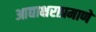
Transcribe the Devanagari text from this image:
आद्याक्षराप्रमाणे